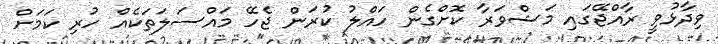
ވިދާޅުވީ ރާއްޖޭގައި މަޝްވަރާ ކޮށްގެން ހައްލު ކުރަން ޖެހޭ މައްސަލަތަކެއް ހުރި ކަމަށް